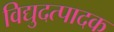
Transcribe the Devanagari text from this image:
विद्युदत्पादक